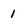
Character: 1